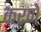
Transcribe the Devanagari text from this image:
कऱणे